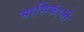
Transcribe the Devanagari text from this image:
मासिकांनी